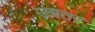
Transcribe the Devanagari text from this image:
उग्रतर